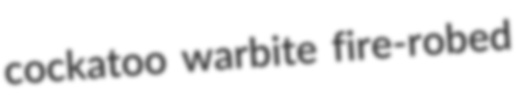
cockatoo warbite fire-robed